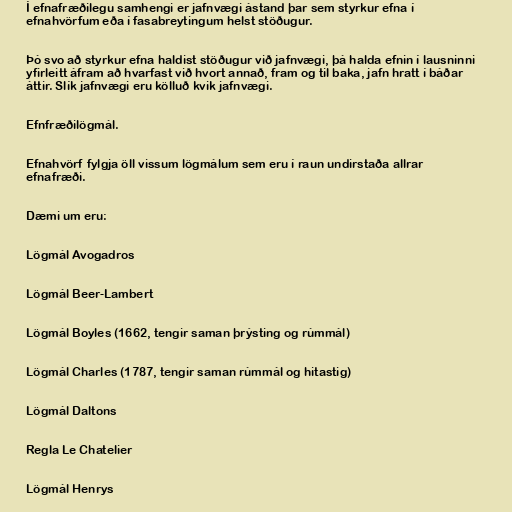
Í efnafræðilegu samhengi er jafnvægi ástand þar sem styrkur efna í
efnahvörfum eða í fasabreytingum helst stöðugur.

Þó svo að styrkur efna haldist stöðugur við jafnvægi, þá halda efnin í lausninni
yfirleitt áfram að hvarfast við hvort annað, fram og til baka, jafn hratt í báðar
áttir. Slík jafnvægi eru kölluð kvik jafnvægi.

Efnfræðilögmál.

Efnahvörf fylgja öll vissum lögmálum sem eru í raun undirstaða allrar
efnafræði.

Dæmi um eru:

Lögmál Avogadros

Lögmál Beer-Lambert

Lögmál Boyles (1662, tengir saman þrýsting og rúmmál)

Lögmál Charles (1787, tengir saman rúmmál og hitastig)

Lögmál Daltons

Regla Le Chatelier

Lögmál Henrys